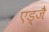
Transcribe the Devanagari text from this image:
एड्जै